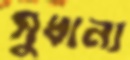
সুধান্য